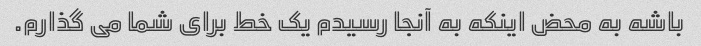
باشه به محض اینکه به آنجا رسیدم یک خط برای شما می گذارم.